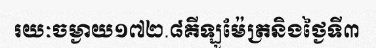
រយៈចម្ងាយ១៧២.៨គីឡូម៉ែត្រនិងថ្ងៃទី៣